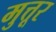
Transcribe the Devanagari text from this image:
मुत्तूर